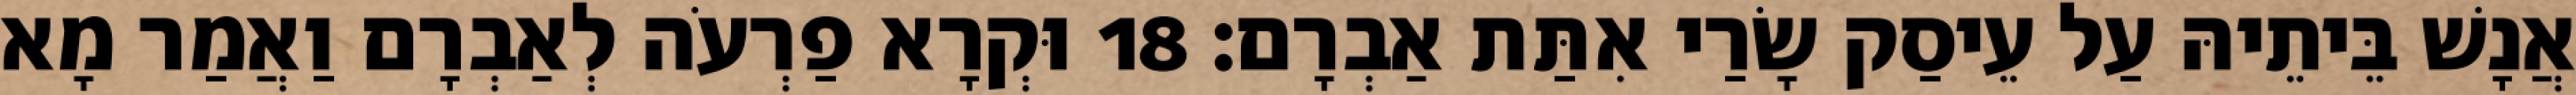
אֲנָשׁ בֵּיתֵיהּ עַל עֵיסַק שָׂרַי אִתַּת אַבְרָם׃ 18 וּקְרָא פַרְעֹה לְאַבְרָם וַאֲמַר מָא